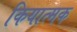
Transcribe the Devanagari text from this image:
कियात्मक